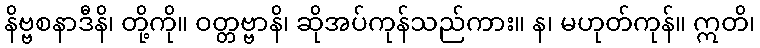
နိဗ္ဗစနာဒီနိ၊ တို့ကို။ ဝတ္တဗ္ဗာနိ၊ ဆိုအပ်ကုန်သည်ကား။ န၊ မဟုတ်ကုန်။ ဣတိ၊